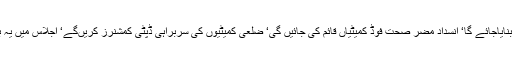
اجلاس میں فیصلہ کیا کہ ضلعی انتظامیہ اور فوڈ اتھارٹی کے درمیان رابطہ وتعاون کو مضبوط بنایاجائے گا‘ انسداد مضر صحت فوڈ کمیٹیاں قائم کی جائیں گی‘ ضلعی کمیٹیوں کی سربراہی ڈپٹی کمشنرز کریںگے‘ اجلاس میں یہ بھی فیصلہ کیا گیا کہ شہر کے ہر قسم فوڈ آئوٹ لیٹس اورریسٹورنٹس کی انسپکشن کی جائے گی۔